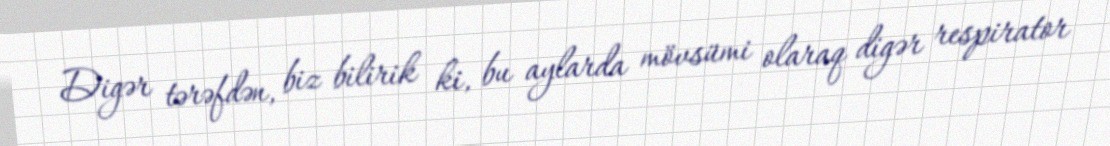
Digər tərəfdən, biz bilirik ki, bu aylarda mövsümi olaraq digər respirator